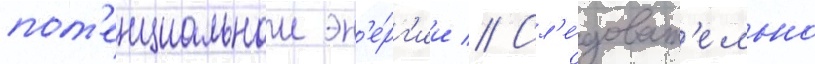
пот'енциальнои эн'е́рг'ии // Сл'е́доват'ельно